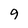
Character: 9